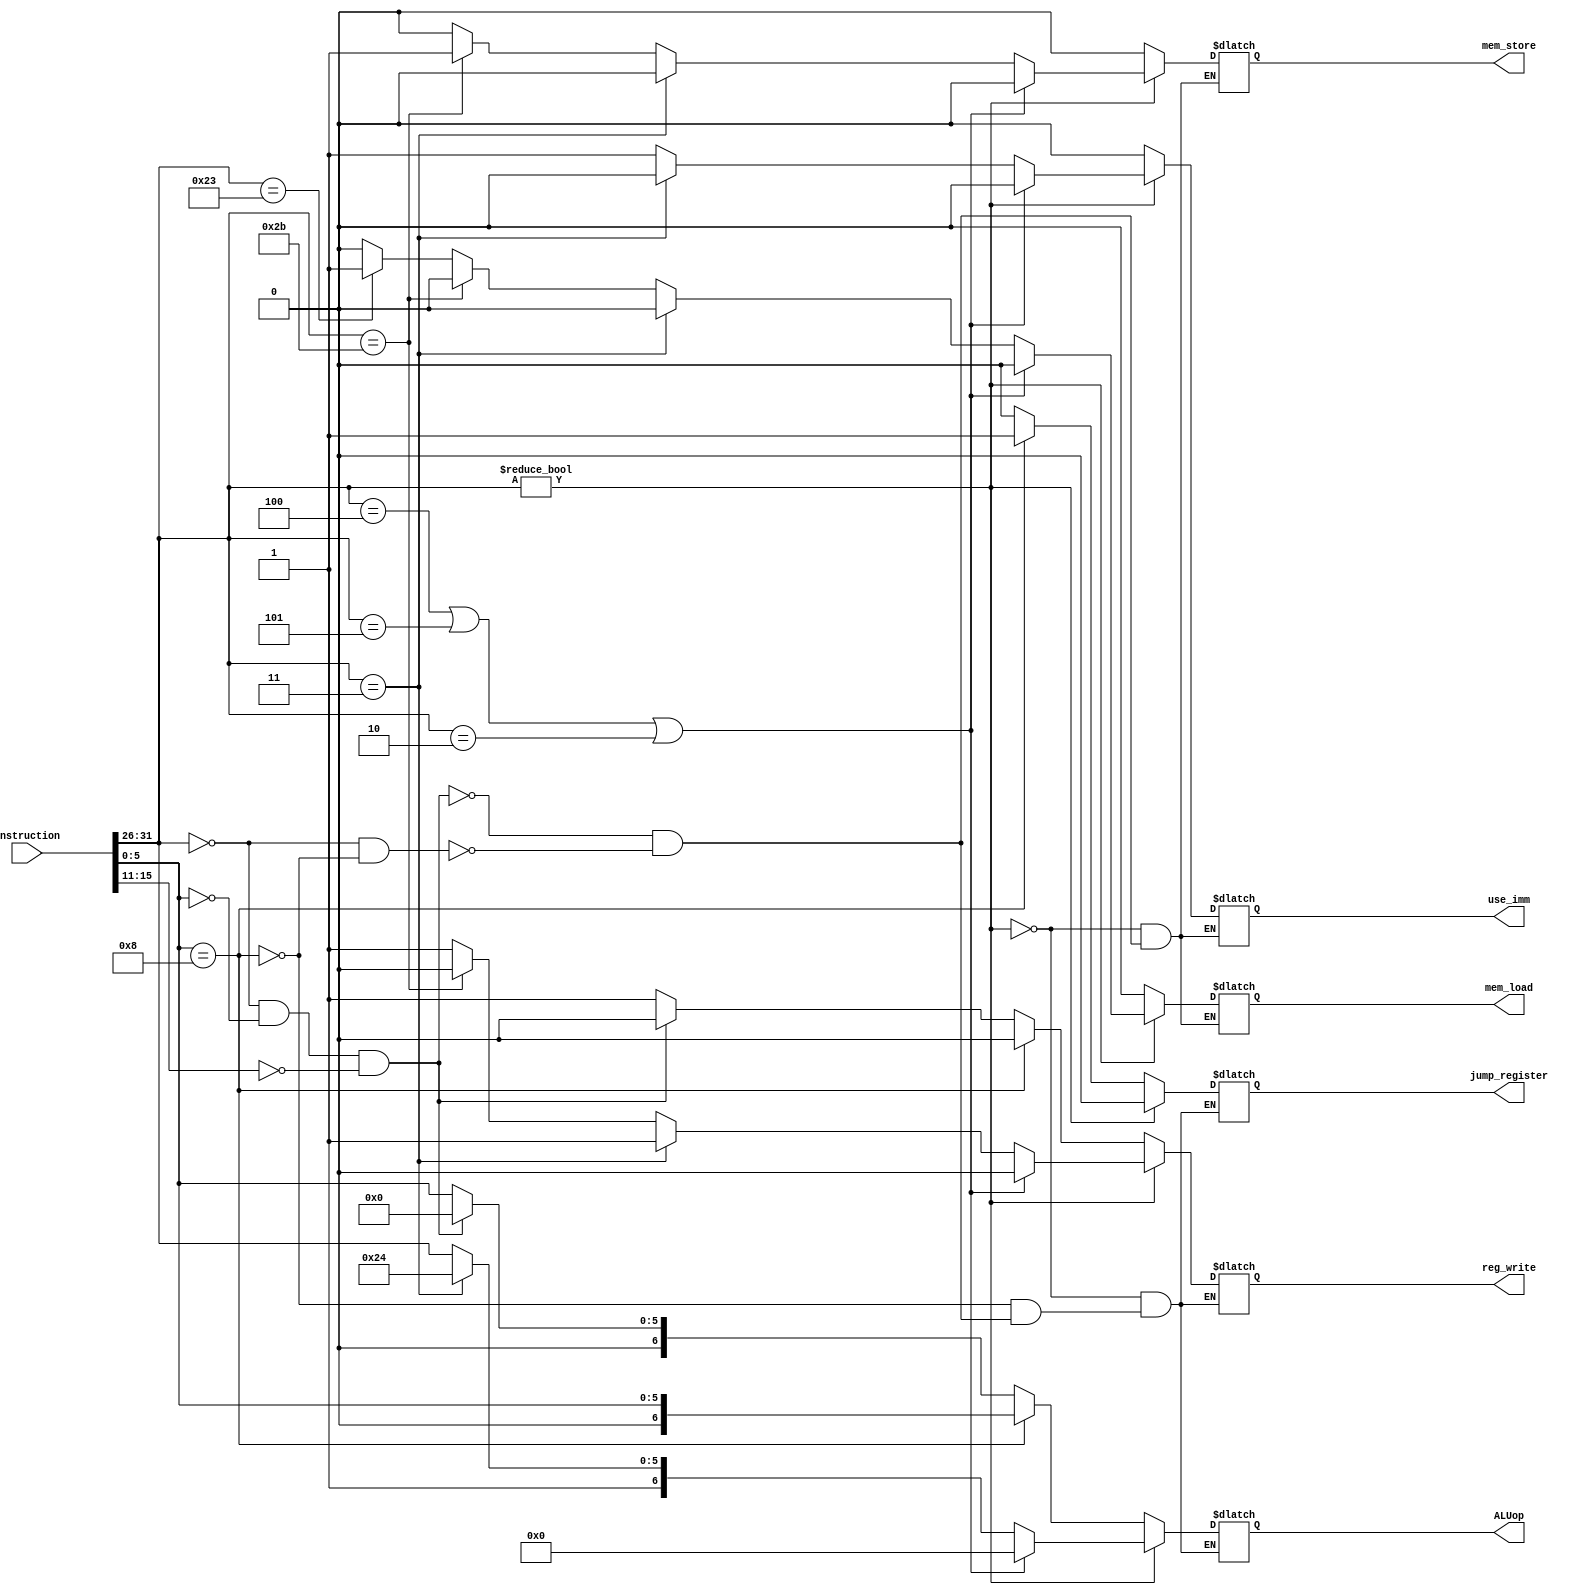
module controller(


	//inputs (from instruction memory)
	input [31:0] instruction,
	
	//outputs (WIP)
	output reg reg_write, //Enables/disables register write
	output reg [6:0] ALUop,
	output reg jump_register,
	output reg use_imm, //Selects muxes to use I-type/R-type instruction format
	output reg mem_load, //Selects write back stage mux to use ALU result or data loaded from data mem
	output reg mem_store //Selects if we are writing to mem or not
);
	
	initial begin
		jump_register = 0;
		reg_write = 0;
		use_imm = 0;
		ALUop = 0;
		mem_load = 0;
		mem_store = 0;
	end
	
	wire [5:0] opcode;
	assign opcode = instruction[31:26];
	

	wire [5:0] funct_code;
	wire [4:0] shamt;
	wire [4:0] rd;
	assign funct_code = instruction [5:0];
	assign shamt = instruction[10:6];
	assign rd = instruction[15:11];
	
	always begin
	
		if ((opcode == 0) && ~(funct_code == 8)) begin
			reg_write = 1;
			use_imm = 0;
			ALUop = funct_code;
			jump_register = 0;
			mem_load = 0;
			mem_store = 0;
		end
		if ((opcode == 0) && (funct_code == 0) && (rd == 0)) begin //nop
			ALUop = 0;
			jump_register = 0;
			reg_write = 0;
			use_imm = 0;
			mem_load = 0;
			mem_store = 0;
		end
		if (funct_code == 8) begin//JR
			jump_register = 1;
			ALUop = funct_code;
			reg_write = 0;
		end
		
		if (opcode != 0) begin //I-type (for now we will just add a 1 to the msb to determine i type)
			jump_register = 0;
			reg_write = 1;
			use_imm = 1;
			ALUop = opcode;
			ALUop[6] = 1;
			mem_load = 0;
			mem_store = 0;
			if (opcode == 35) begin //LW code (if we loaded a word we want that in mem)
				mem_load = 1;
			end
			if (opcode == 43) begin //SW code (want to store give reg data in mem)
				mem_store = 1;
				mem_load = 0;
				reg_write = 0;
			end
			//Here we basically just want a nop
			if (opcode == 4 || opcode == 5 || opcode == 2) begin //BEQ or BNE or J
				ALUop = 0;
				jump_register = 0;
				reg_write = 0;
				use_imm = 0;
				mem_load = 0;
				mem_store = 0;
			end
			else if(opcode == 3) begin //JAL (we went to allow regwrite here)
				ALUop = 100;
				jump_register = 0;
				reg_write = 1;
				use_imm = 0;
				mem_load = 0;
				mem_store = 0;
			end

		end
	end
	




endmodule